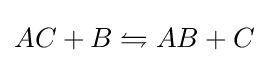
AC+B\leftrightharpoons AB+C